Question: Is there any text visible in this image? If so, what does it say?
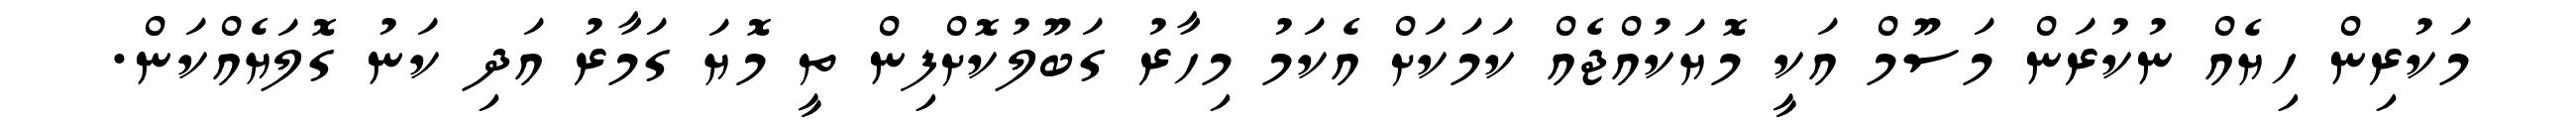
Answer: މަކުރިން ހިޔެއް ނުކުރަން މަސޫމް އަކީ މޮޔަކުއްޖެއް ކަމަކަށް އެކަމު މިހާރު ގަބޫލުކޮށްފިން ތީ މޮޔަ ގަމާރު އަދި ކަނު ގޮލަޔެއްކަން.